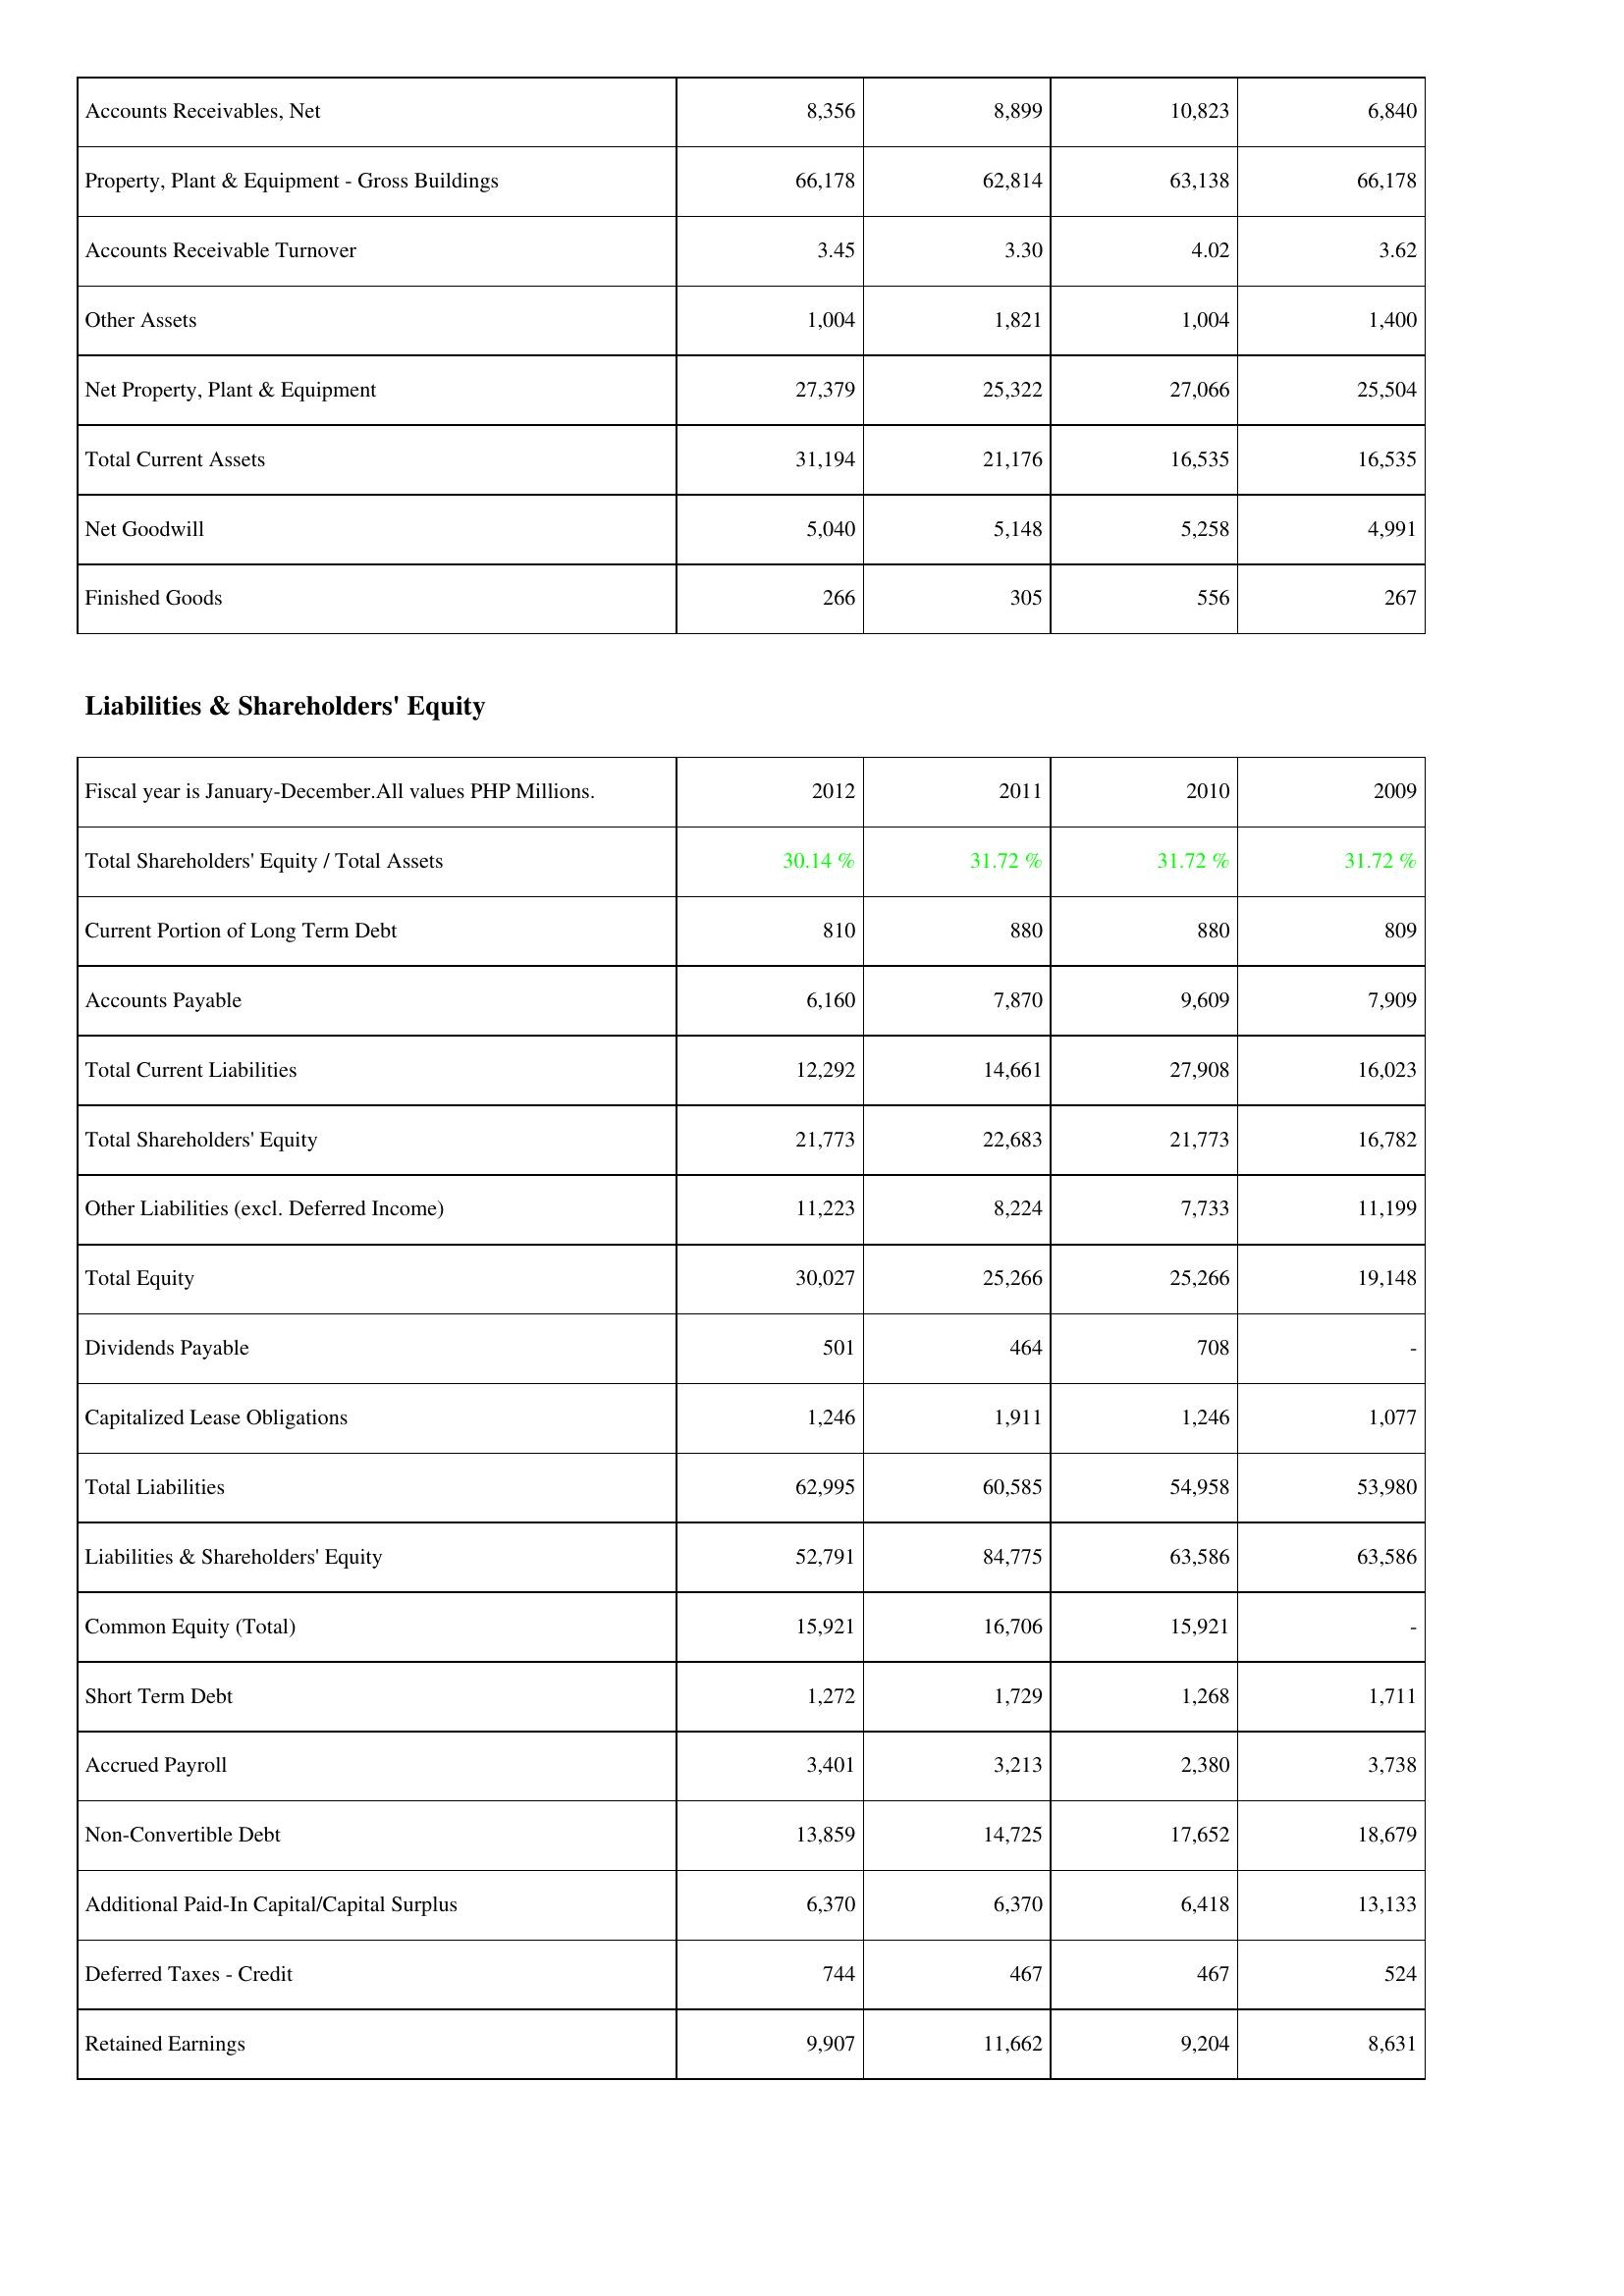
2012: Assets: Accounts Receivables, Net: 8,356
Property, Plant & Equipment - Gross Buildings: 66,178
Accounts Receivable Turnover: 3.45
Other Assets: 1,004
Net Property, Plant & Equipment: 27,379
Total Current Assets: 31,194
Net Goodwill: 5,040
Finished Goods: 266
Liabilities & Shareholders' Equity: Total Shareholders' Equity / Total Assets: 30.14 %
Current Portion of Long Term Debt: 810
Accounts Payable: 6,160
Total Current Liabilities: 12,292
Total Shareholders' Equity: 21,773
Other Liabilities (excl. Deferred Income): 11,223
Total Equity: 30,027
Dividends Payable: 501
Capitalized Lease Obligations: 1,246
Total Liabilities: 62,995
Liabilities & Shareholders' Equity: 52,791
Common Equity (Total): 15,921
Short Term Debt: 1,272
Accrued Payroll: 3,401
Non-Convertible Debt: 13,859
Additional Paid-In Capital/Capital Surplus: 6,370
Deferred Taxes - Credit: 744
Retained Earnings: 9,907
2011: Assets: Accounts Receivables, Net: 8,899
Property, Plant & Equipment - Gross Buildings: 62,814
Accounts Receivable Turnover: 3.30
Other Assets: 1,821
Net Property, Plant & Equipment: 25,322
Total Current Assets: 21,176
Net Goodwill: 5,148
Finished Goods: 305
Liabilities & Shareholders' Equity: Total Shareholders' Equity / Total Assets: 31.72 %
Current Portion of Long Term Debt: 880
Accounts Payable: 7,870
Total Current Liabilities: 14,661
Total Shareholders' Equity: 22,683
Other Liabilities (excl. Deferred Income): 8,224
Total Equity: 25,266
Dividends Payable: 464
Capitalized Lease Obligations: 1,911
Total Liabilities: 60,585
Liabilities & Shareholders' Equity: 84,775
Common Equity (Total): 16,706
Short Term Debt: 1,729
Accrued Payroll: 3,213
Non-Convertible Debt: 14,725
Additional Paid-In Capital/Capital Surplus: 6,370
Deferred Taxes - Credit: 467
Retained Earnings: 11,662
2010: Assets: Accounts Receivables, Net: 10,823
Property, Plant & Equipment - Gross Buildings: 63,138
Accounts Receivable Turnover: 4.02
Other Assets: 1,004
Net Property, Plant & Equipment: 27,066
Total Current Assets: 16,535
Net Goodwill: 5,258
Finished Goods: 556
Liabilities & Shareholders' Equity: Total Shareholders' Equity / Total Assets: 31.72 %
Current Portion of Long Term Debt: 880
Accounts Payable: 9,609
Total Current Liabilities: 27,908
Total Shareholders' Equity: 21,773
Other Liabilities (excl. Deferred Income): 7,733
Total Equity: 25,266
Dividends Payable: 708
Capitalized Lease Obligations: 1,246
Total Liabilities: 54,958
Liabilities & Shareholders' Equity: 63,586
Common Equity (Total): 15,921
Short Term Debt: 1,268
Accrued Payroll: 2,380
Non-Convertible Debt: 17,652
Additional Paid-In Capital/Capital Surplus: 6,418
Deferred Taxes - Credit: 467
Retained Earnings: 9,204
2009: Assets: Accounts Receivables, Net: 6,840
Property, Plant & Equipment - Gross Buildings: 66,178
Accounts Receivable Turnover: 3.62
Other Assets: 1,400
Net Property, Plant & Equipment: 25,504
Total Current Assets: 16,535
Net Goodwill: 4,991
Finished Goods: 267
Liabilities & Shareholders' Equity: Total Shareholders' Equity / Total Assets: 31.72 %
Current Portion of Long Term Debt: 809
Accounts Payable: 7,909
Total Current Liabilities: 16,023
Total Shareholders' Equity: 16,782
Other Liabilities (excl. Deferred Income): 11,199
Total Equity: 19,148
Dividends Payable: -
Capitalized Lease Obligations: 1,077
Total Liabilities: 53,980
Liabilities & Shareholders' Equity: 63,586
Common Equity (Total): -
Short Term Debt: 1,711
Accrued Payroll: 3,738
Non-Convertible Debt: 18,679
Additional Paid-In Capital/Capital Surplus: 13,133
Deferred Taxes - Credit: 524
Retained Earnings: 8,631